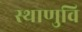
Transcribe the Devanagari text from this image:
स्थाणुवि